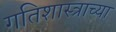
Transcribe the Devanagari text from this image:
गतिशास्त्राच्या